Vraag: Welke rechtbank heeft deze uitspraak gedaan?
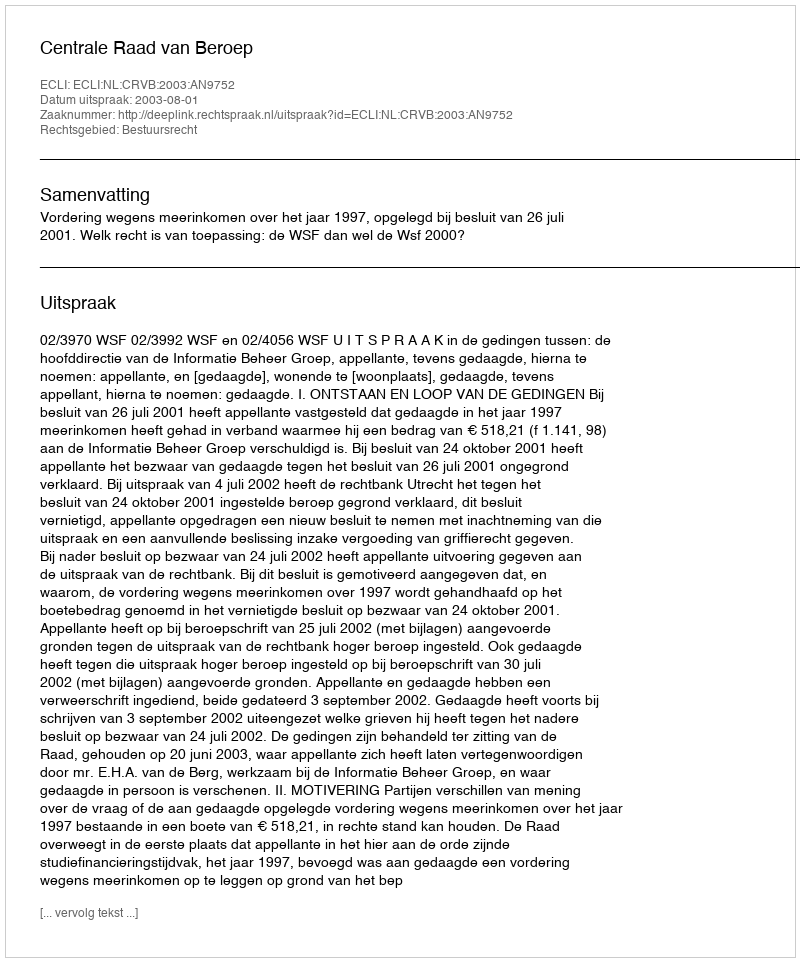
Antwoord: Centrale Raad van Beroep